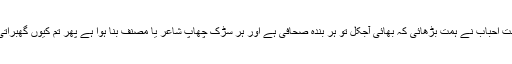
دوست احباب نے ہمت بڑھائی کہ بھائی آجکل تو ہر بندہ صحافی ہے اور ہر سڑک چھاپ شاعر یا مصنف بنا ہوا ہے پھر تم کیوں گھبراتی ہو۔